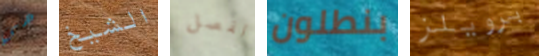
هي الشيخ لفصل بنطلون برويلز